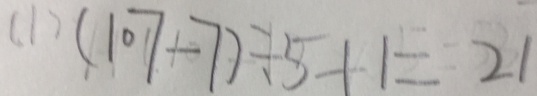
( 1 ) ( 1 0 7 - 7 ) \div 5 + 1 = 2 1